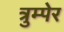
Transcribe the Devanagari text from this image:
त्रुम्पेर